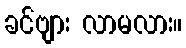
ခင်ဗျား လာမလား။